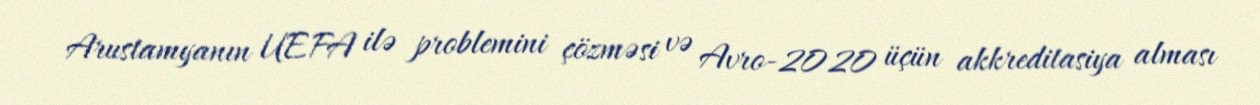
Arustamyanın UEFA ilə problemini çözməsi və Avro-2020 üçün akkreditasiya alması